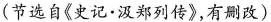
(节选自《史记 · 汉郑列传》，有删改)